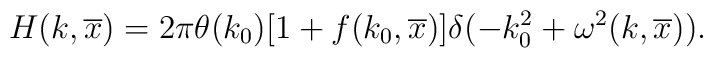
H(k,\overline x) = 2\pi \theta(k_0)\lbrack 1+f(k_0,\overline x)\rbrack\delta(-k_0^2+\omega^2(k,\overline x)).